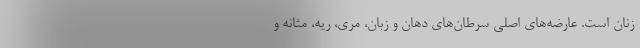
زنان است. عارضه‌های اصلی سرطان‌ها‌ی دهان و زبان، مری، ریه، مثانه و